Source: Handwritten
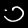
Digit: ၁ (1)